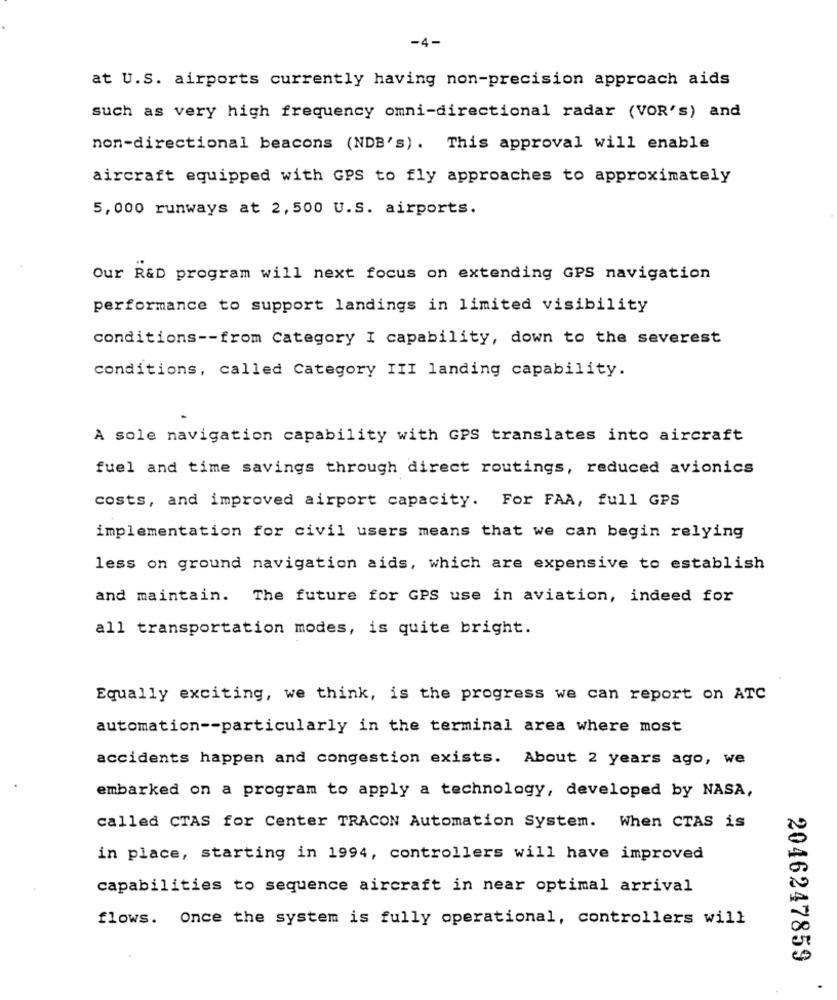
-4-
at U.S. airports currently having non-precision approach aids
such as very high frequency omni-directional radar (VOR's) and
non-directional beacons (NDB's). This approval will enable
aircraft equipped with GPS to fly approaches to approximately
5,000 runways at 2,500 U.S. airports.
Our R&D program will next focus on extending GPS navigation
performance to support landings in limited visibility
conditions -- from Category I capability, down to the severest
conditions, called Category III landing capability.
A sole navigation capability with GPS translates into aircraft
fuel and time savings through direct routings, reduced avionics
costs, and improved airport capacity. For FAA, full GPS
implementation for civil users means that we can begin relying
less on ground navigation aids, which are expensive to establish
and maintain. The future for GPS use in aviation, indeed for
all transportation modes, is quite bright.
Equally exciting, we think, is the progress we can report on ATC
automation -- particularly in the terminal area where most
accidents happen and congestion exists. About 2 years ago, we
embarked on a program to apply a technology, developed by NASA,
called CTAS for Center TRACON Automation System. When CTAS is
in place, starting in 1994, controllers will have improved
capabilities to sequence aircraft in near optimal arrival
flows. Once the system is fully operational, controllers will
2046247859